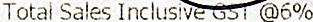
TOTAL SALES INCLUSIVE GST @6%